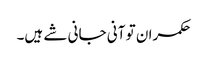
حکمران تو آنی جانی شے ہیں۔